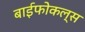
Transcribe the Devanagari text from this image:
बाईफोकल्स